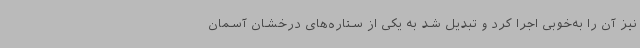
نیز آن را به‌خوبی اجرا کرد و تبدیل شد به یکی از ستاره‌های درخشان آسمان